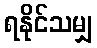
ရနိုင်သမျှ